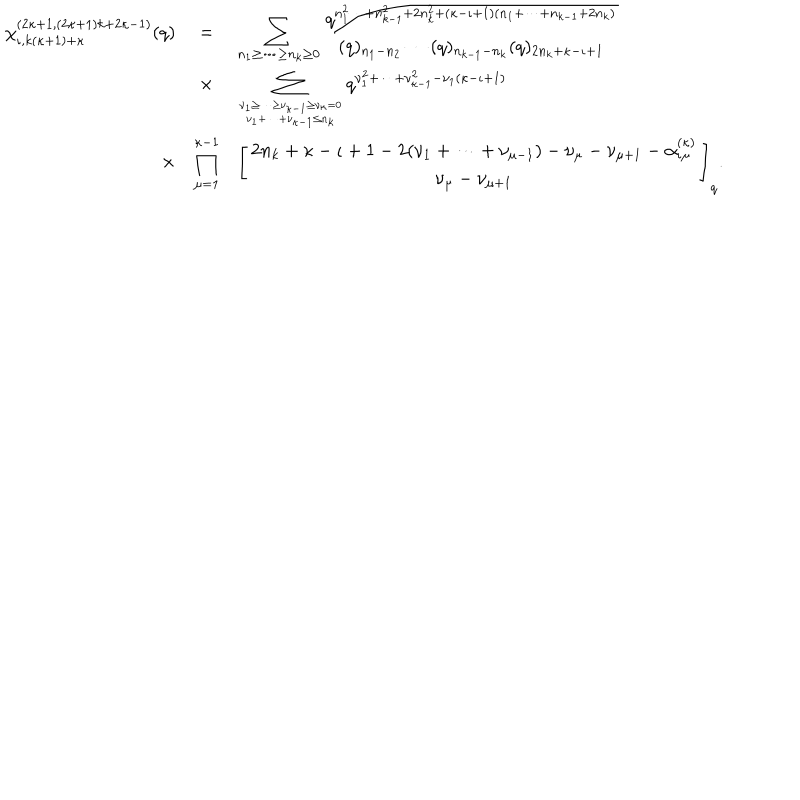
\begin{array} { r c l } { { \chi _ { \iota , k ( \kappa + 1 ) + \kappa } ^ { ( 2 \kappa + 1 , ( 2 \kappa + 1 ) k + 2 \kappa - 1 ) } ( q ) } } & { { = } } & { { \displaystyle \sum _ { n _ { 1 } \geq \cdots \geq n _ { k } \geq 0 } \frac { q ^ { n _ { 1 } ^ { 2 } \cdots + n _ { k - 1 } ^ { 2 } + 2 n _ { k } ^ { 2 } + ( \kappa - \iota + 1 ) ( n _ { 1 } + \cdots + n _ { k - 1 } + 2 n _ { k } ) } } { ( q ) _ { n _ { 1 } - n _ { 2 } } \cdots ( q ) _ { n _ { k - 1 } - n _ { k } } ( q ) _ { 2 n _ { k } + \kappa - \iota + 1 } } } } \\ { { } } & { { \times } } & { { \displaystyle \sum _ { \nu _ { 1 } \geq \cdots \geq \nu _ { \kappa - 1 } \geq \nu _ { \kappa } = 0 \atop \nu _ { 1 } + \cdots + \nu _ { \kappa - 1 } \leq n _ { k } } q ^ { \nu _ { 1 } ^ { 2 } + \cdots + \nu _ { \kappa - 1 } ^ { 2 } - \nu _ { 1 } ( \kappa - \iota + 1 ) } } } \\ { { \times } } & { { \displaystyle \prod _ { \mu = 1 } ^ { \kappa - 1 } } } & { { \displaystyle \left[ \begin{array} { c } { { 2 n _ { k } + \kappa - \iota + 1 - 2 ( \nu _ { 1 } + \cdots + \nu _ { \mu - 1 } ) - \nu _ { \mu } - \nu _ { \mu + 1 } - \alpha _ { \iota \mu } ^ { ( \kappa ) } } } \\ { { \nu _ { \mu } - \nu _ { \mu + 1 } } } \\ \end{array} \right] _ { q } . } } \\ \end{array}